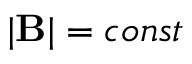
| { \bf B } | = c o n s t